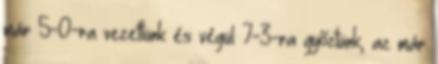
már 5-0-ra vezettünk és végül 7-3-ra győztünk, az már